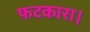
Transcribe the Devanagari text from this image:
फटकारा।